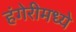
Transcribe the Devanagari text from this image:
हंगेरीमध्ये